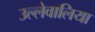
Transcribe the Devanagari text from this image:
उल्लेवालिया